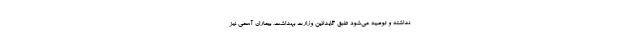
نداشته و توصیه می‌شود طبق گایدلاین وزارت بهداشت، بیماران آسمی نیز